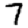
Digit: 7